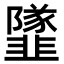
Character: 𩐌